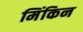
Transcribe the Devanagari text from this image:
मिंकिन